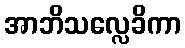
အာဘိသလ္လေခိကာ